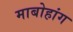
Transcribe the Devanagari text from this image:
माबोहांग